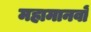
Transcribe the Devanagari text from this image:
महामानवों